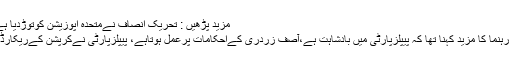
مزید پڑھیں : تحریک انصاف نےمتحدہ اپوزیشن کوتوڑدیا ہے‘ خورشید شاہ
پی ٹی آئی کے رہنما کا مزید کہنا تھا کہ پیپلزپارٹی میں بادشاہت ہے،آصف زردری کےاحکامات پرعمل ہوتاہے، پیپلزپارٹی نےکرپشن کےریکارڈ توڑ دیئے ہیں۔